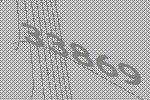
33869